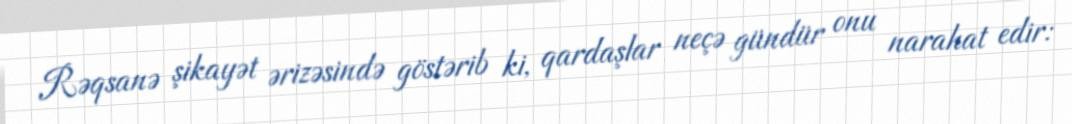
Rəqsanə şikayət ərizəsində göstərib ki, qardaşlar neçə gündür onu narahat edir: